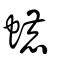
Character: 螰